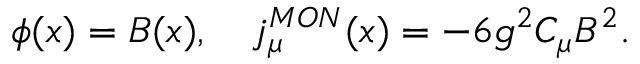
\phi ( x ) = B ( x ) , \quad j _ { \mu } ^ { M O N } ( x ) = - 6 g ^ { 2 } C _ { \mu } B ^ { 2 } .